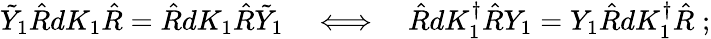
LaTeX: \tilde{Y}_{1}\hat{R}dK_{1}\hat{R}=\hat{R}dK_{1}\hat{R}\tilde{Y}_{1}\quad\Longleftrightarrow\quad\hat{R}dK_{1}^{\dagger}\hat{R}Y_{1}=Y_{1}\hat{R}dK_{1}^{\dagger}\hat{R}\; ;